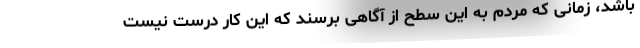
باشد، زمانی که مردم به این سطح از آگاهی برسند که این کار درست نیست